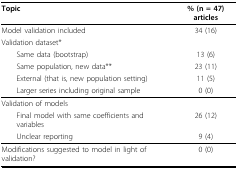
<table><thead><tr><td><b>Topic</b></td><td><b>% (n = 47) articles</b></td></tr></thead><tbody><tr><td>Model validation included</td><td>34 (16)</td></tr><tr><td>Validation dataset*</td><td></td></tr><tr><td> Same data (bootstrap)</td><td>13 (6)</td></tr><tr><td> Same population, new data**</td><td>23 (11)</td></tr><tr><td> External (that is, new population setting)</td><td>11 (5)</td></tr><tr><td> Larger series including original sample</td><td>0 (0)</td></tr><tr><td>Validation of models</td><td></td></tr><tr><td> Final model with same coefficients and variables</td><td>26 (12)</td></tr><tr><td> Unclear reporting</td><td>9 (4)</td></tr><tr><td>Modifications suggested to model in light of validation?</td><td>0 (0)</td></tr></tbody></table>